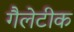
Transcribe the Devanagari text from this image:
गैलेटीक